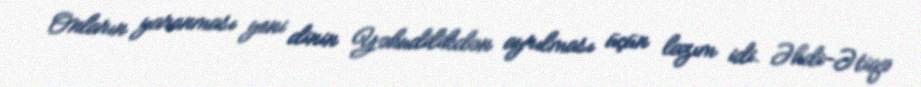
Onların yaranması yeni dinin Yəhudilikdən ayrılması üçün lazım idi. Əhdi-Ətiqə